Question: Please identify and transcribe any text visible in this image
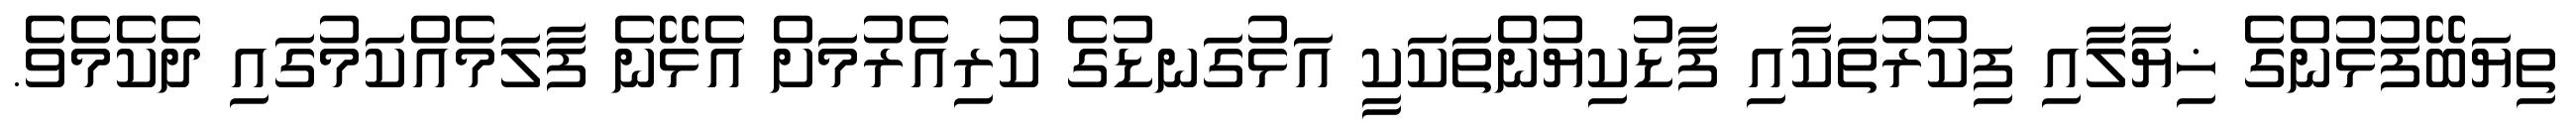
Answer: ތިޔަބޭފުޅުންގެ ޚިޔާލާއި ފިކުރުތަކާއި ފާޑުކިޔުންތަކަކީ އަޅުގަނޑުގެ ކުރިއެރުމަށް އެޅޭނެ ފާލަމެއްކަމުގައި ދެކެމެވެ.